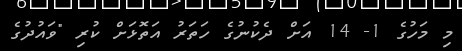
މި މަހުގެ 1- 14 އަށް ދެކުނުގެ ހަތަރު އަތޮޅަށް ކުރި "ވައުދުގެ